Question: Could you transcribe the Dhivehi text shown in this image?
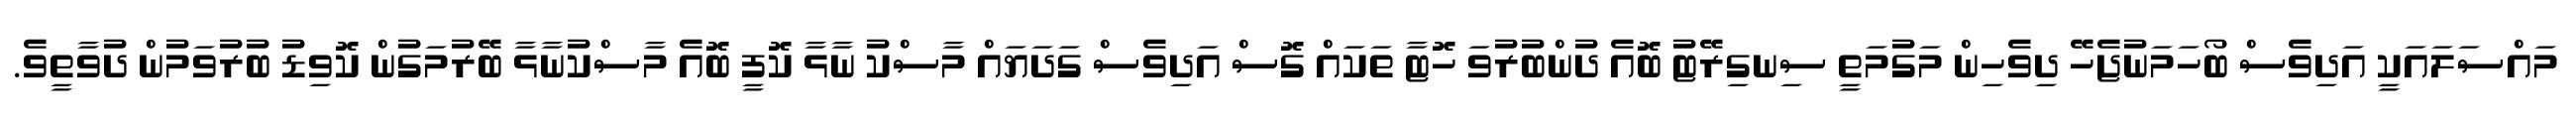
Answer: މައްސަލައަކީ އަދިވެސް ބޯހަމަނުޖެހޭ ދިވެހިން މަގުމަތީ ސިނގިރޭޓު ބޮއެ ދުންބުރުވަ ހޮޓާ ތަކައް ގޮސް އަދިވެސް ގަދަޔައް މާސްކު ނާޅާ ކޮފީ ބޮއެ މާސްކުނާޅާ ބޭރުމަގުން ކޮވިޑު ބުރުވަމުން ދުވާތީވެ.